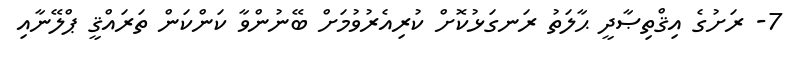
7- ރަށުގެ އިޤްތިޞާދީ ޙާލަތު ރަނގަޅުކޮށް ކުރިއެރުވުމަށް ބޭނުންވާ ކަންކަން ތަރައްޤީ ޕްލޭނާއި